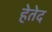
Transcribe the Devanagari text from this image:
हेतेद